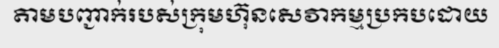
តាមបញ្ជាក់របស់ក្រុមហ៊ុនសេវាកម្មប្រកបដោយ